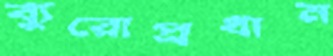
ব্যুরোপ্রধান